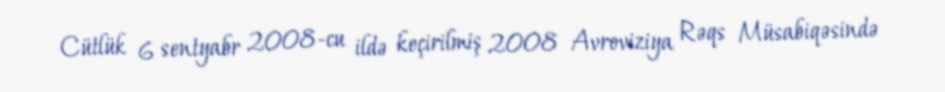
Cütlük 6 sentyabr 2008-cu ildə keçirilmiş 2008 Avroviziya Rəqs Müsabiqəsində